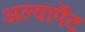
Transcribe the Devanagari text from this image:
अल्वार्पेट